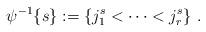
LaTeX: \begin{align*}\psi^{-1}\{s\}:=\{j^s_1<\dots<j^s_r\}\ .\end{align*}